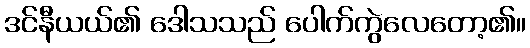
ဒင်နီယယ်၏ ဒေါသသည် ပေါက်ကွဲလေတော့၏။